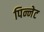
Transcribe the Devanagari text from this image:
पिन्नेट